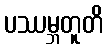
ပဿမ္ဘတူတိ